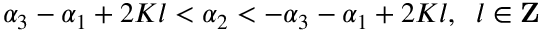
\alpha _ { 3 } - \alpha _ { 1 } + 2 K l < \alpha _ { 2 } < - \alpha _ { 3 } - \alpha _ { 1 } + 2 K l , \; \; l \in { \bf Z }